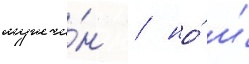
мужчи́н / но́ и́